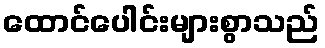
ထောင်ပေါင်းများစွာသည်